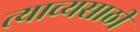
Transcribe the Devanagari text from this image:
त्याच्यसाठी